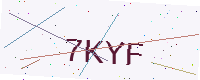
Text: 7KYF